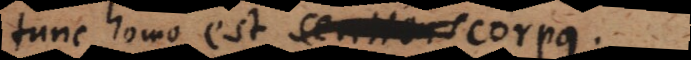
tunc homo est corpus.